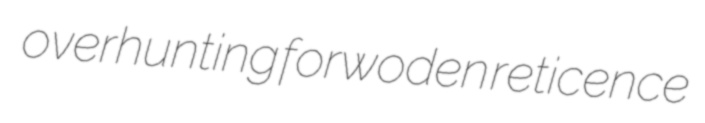
overhunting forwoden reticence